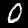
Digit: 0